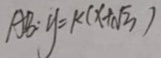
A B : y = k ( x + \sqrt { 3 } )